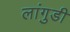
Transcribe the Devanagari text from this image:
लांगुडी